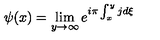
\psi ( x ) = \lim _ { y \rightarrow \infty } e ^ { i \pi \int _ { x } ^ { y } j d \xi }